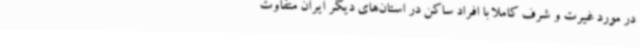
در مورد غیرت و شرف کاملا با افراد ساکن در استان‌های دیگر ایران متفاوت